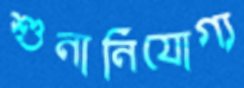
শুনানিযোগ্য